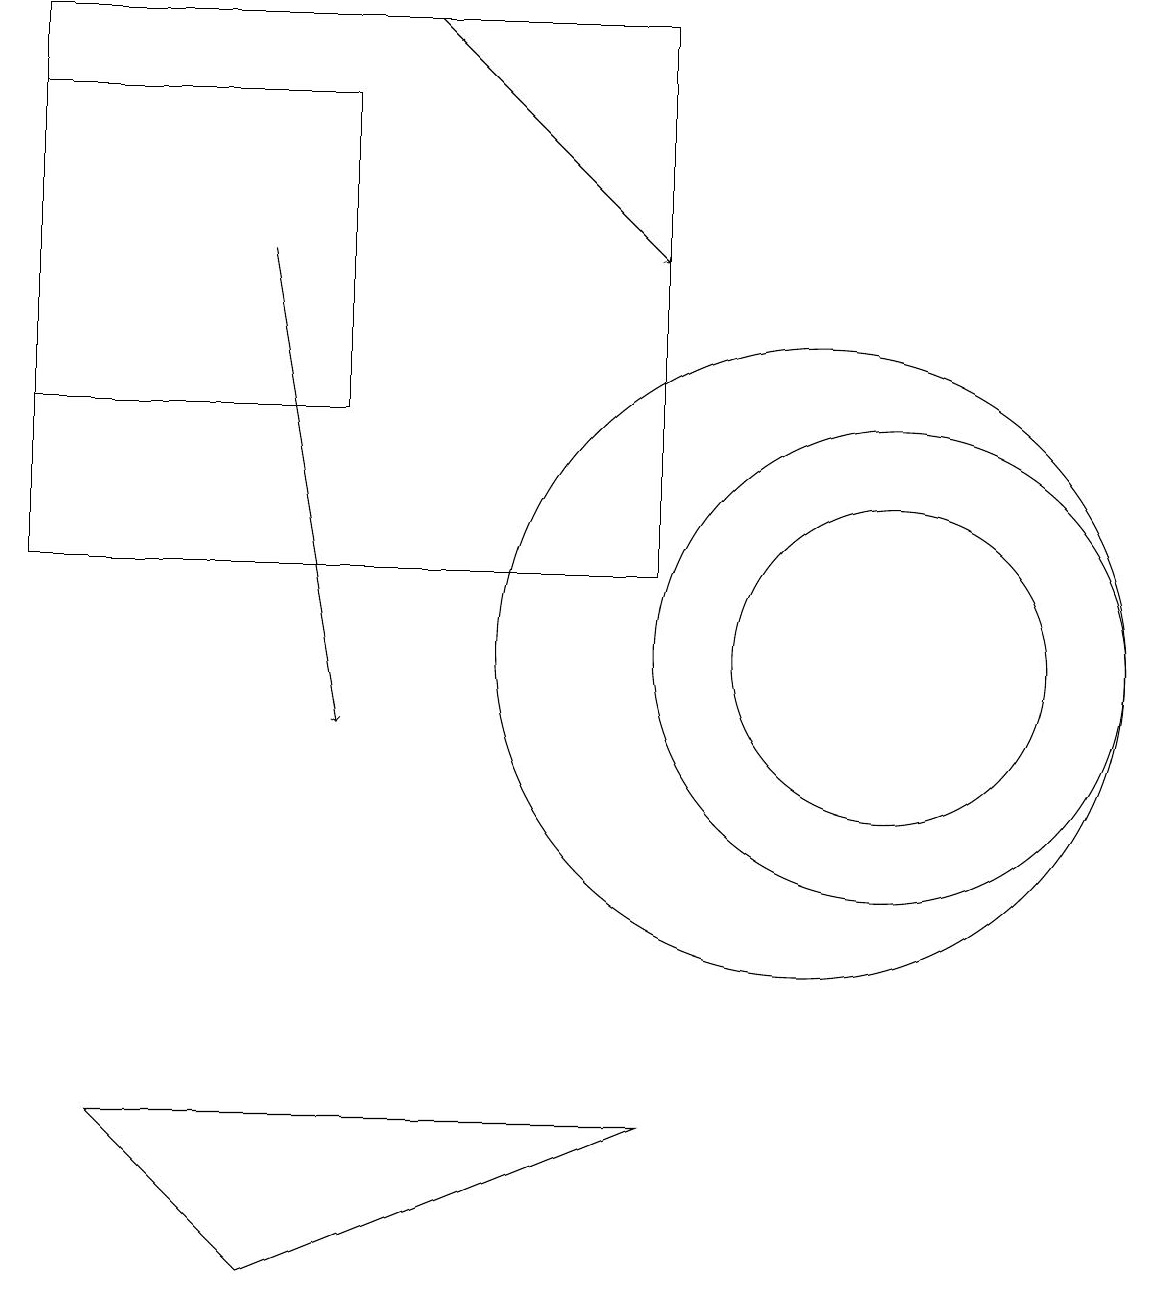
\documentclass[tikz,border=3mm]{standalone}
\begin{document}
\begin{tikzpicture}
\draw (10,11) circle (4);
\draw (11,11) circle (2);
\draw (3,3) -- (8,5) -- (1,5) -- cycle;
\draw (8,12) rectangle (0,19);
\draw (11,11) circle (3);
\draw[->] (5,19) -- (8,16);
\draw[->] (3,16) -- (4,10);
\draw (4,18) rectangle (0,14);
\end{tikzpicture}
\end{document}